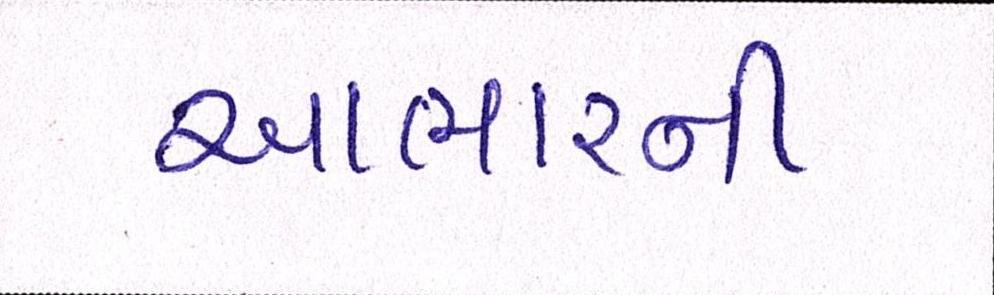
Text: આભારની